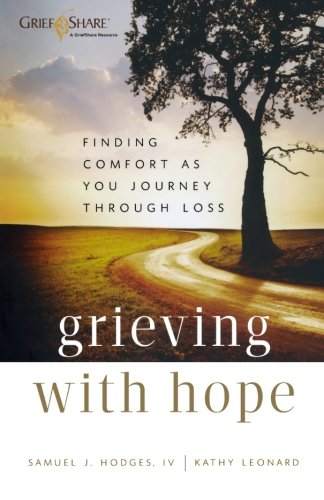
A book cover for Grieving with Hope: Finding Comfort as You Journey through Loss; Samuel J IV Hodges; Self-Help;